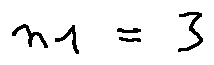
n _ { 1 } = 3